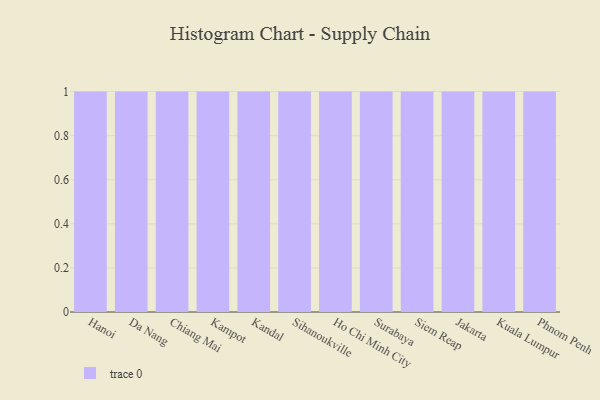
{"axis": {"x": "City", "y": "Headcount"}, "legend": [""], "data": [{"x": "Hanoi", "y": 63, "type": ""}, {"x": "Da Nang", "y": 94, "type": ""}, {"x": "Chiang Mai", "y": 89, "type": ""}, {"x": "Kampot", "y": 61, "type": ""}, {"x": "Kandal", "y": 1, "type": ""}, {"x": "Sihanoukville", "y": 51, "type": ""}, {"x": "Ho Chi Minh City", "y": 97, "type": ""}, {"x": "Surabaya", "y": 11, "type": ""}, {"x": "Siem Reap", "y": 17, "type": ""}, {"x": "Jakarta", "y": 22, "type": ""}, {"x": "Kuala Lumpur", "y": 24, "type": ""}, {"x": "Phnom Penh", "y": 10, "type": ""}]}